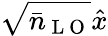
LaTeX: \sqrt{\bar{n}_{\mathrm{~L~O~}}}\hat{x}